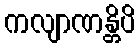
ကလျာဏန္တိပိ